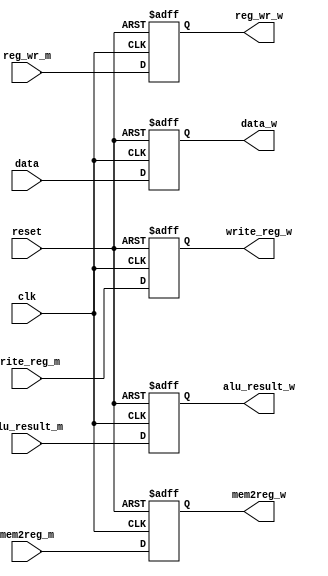
module wr_back_pipe_reg 
#(parameter data_width=32,op_width=5)
(input clk ,
input reset ,
input reg_wr_m,
input mem2reg_m,
input [data_width-1:0] data, //output from data_memory 
input [op_width-1:0] write_reg_m,
input [data_width-1:0] alu_result_m ,
//----outputs ---
output reg reg_wr_w,
output reg mem2reg_w,
output reg [data_width-1:0] data_w,
output reg [op_width-1:0] write_reg_w,
output reg  [data_width-1:0] alu_result_w
);
always @ (posedge clk,negedge reset  )begin
    if (!reset )begin
 reg_wr_w<=1'b0;
mem2reg_w<=1'b0;
 data_w<={data_width{1'b0}};
write_reg_w<={op_width{1'b0}};
alu_result_w<={data_width{1'b0}};
    end
else begin
reg_wr_w<=reg_wr_m;
mem2reg_w<=mem2reg_m;
data_w<=data;
write_reg_w<=write_reg_m;
alu_result_w<=alu_result_m;
end
end
endmodule